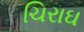
ચિરાઘ